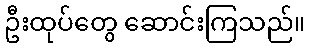
ဦးထုပ်တွေ ဆောင်းကြသည်။